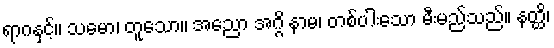
ရာဂနှင့်။ သမော၊ တူသော။ အညော အဂ္ဂိ နာမ၊ တစ်ပါးသော မီးမည်သည်။ နတ္ထိ၊